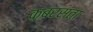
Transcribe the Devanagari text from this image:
क़बरसता